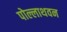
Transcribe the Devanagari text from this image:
पोल्लाथवन